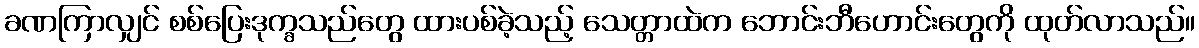
ခဏကြာလျှင် စစ်ပြေးဒုက္ခသည်တွေ ထားပစ်ခဲ့သည့် သေတ္တာထဲက ဘောင်းဘီဟောင်းတွေကို ထုတ်လာသည်။